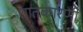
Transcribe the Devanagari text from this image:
शातकारणी